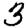
Digit: 3